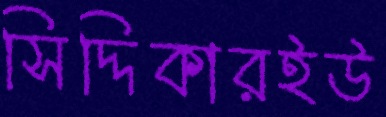
সিদ্দিকারইউ